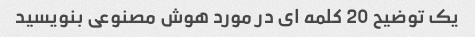
یک توضیح 20 کلمه ای در مورد هوش مصنوعی بنویسید